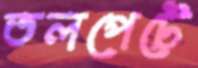
তলপেটে